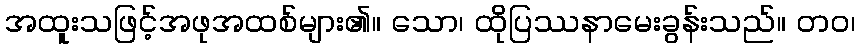
အထူးသဖြင့်အဖုအထစ်များ၏။ သော၊ ထိုပြဿနာမေးခွန်းသည်။ တဝ၊